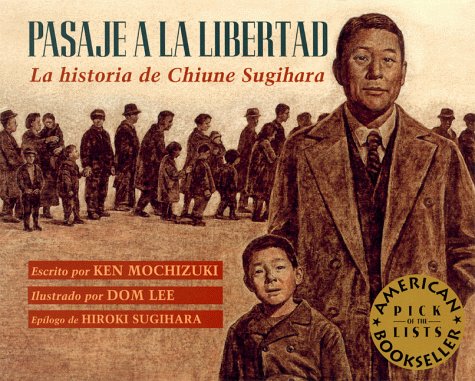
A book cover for Pasaje a la libertad (Spanish Edition); Ken Mochizuki; Children's Books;